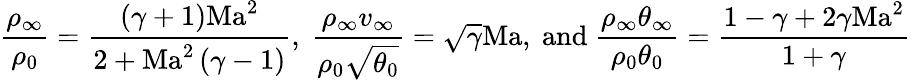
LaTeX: \frac{\rho_{\infty}}{\rho_{0}}=\frac{(\gamma+1)\mathrm{Ma}^{2}}{2+\mathrm{Ma}^{2}\left(\gamma-1\right)}\mathrm{,~}\frac{\rho_{\infty}v_{\infty}}{\rho_{0}\sqrt{\theta_{0}}}=\sqrt{\gamma}\mathrm{Ma,~and~}\frac{\rho_{\infty}\theta_{\infty}}{\rho_{0}\theta_{0}}=\frac{1-\gamma+2\gamma\mathrm{Ma}^{2}}{1+\gamma}